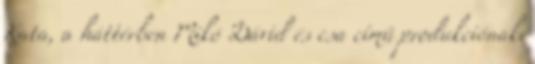
Kata, a háttérben Mikó Dávid és csa című produkciónak.